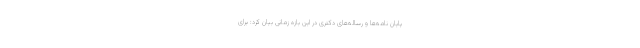
پایان نامه‌ها و رساله‌های دکتری در این بازه زمانی بیان کرد: برای